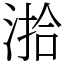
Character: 湁